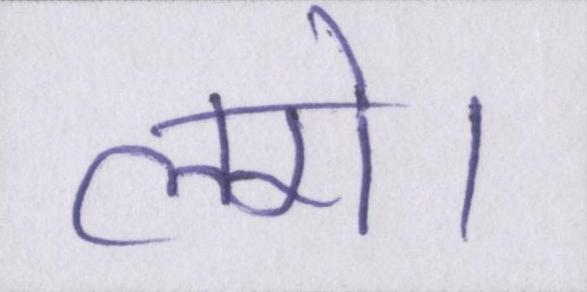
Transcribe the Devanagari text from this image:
लगे।